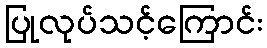
ပြုလုပ်သင့်ကြောင်း